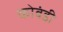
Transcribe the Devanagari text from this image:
कोबंडी